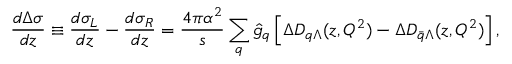
\frac { d \Delta \sigma } { d z } \equiv \frac { d \sigma _ { L } } { d z } - \frac { d \sigma _ { R } } { d z } = \frac { 4 \pi \alpha ^ { 2 } } { s } \sum _ { q } \hat { g } _ { q } \left[ \Delta D _ { q \Lambda } ( z , Q ^ { 2 } ) - \Delta D _ { \bar { q } \Lambda } ( z , Q ^ { 2 } ) \right] ,